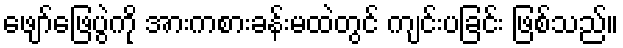
ဖျော်ဖြေပွဲကို အားကစားခန်းမထဲတွင် ကျင်းပခြင်း ဖြစ်သည်။